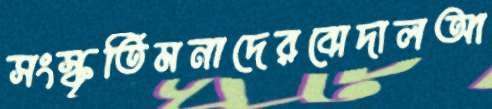
সংস্কৃতিমনাদেরবোদালআ